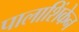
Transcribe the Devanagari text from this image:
पालाशिंकेन